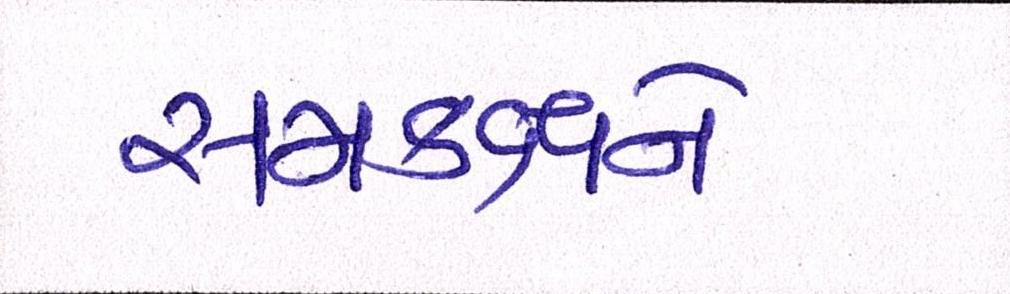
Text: સમકક્ષને